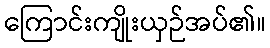
ကြောင်းကျိုးယှဉ်အပ်၏။